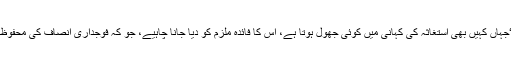
عدالتی فیصلے میں مزید لکھا ہے کہ ، ‘جہاں کہیں بھی استغاثہ کی کہانی میں کوئی جھول ہوتا ہے، اس کا فائدہ ملزم کو دیا جانا چاہیے، جو کہ فوجداری انصاف کی محفوظ فراہمی کے لیے انتہائی ضروری ہے’۔